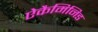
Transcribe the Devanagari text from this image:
ऐकैमिनिड